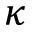
\kappa